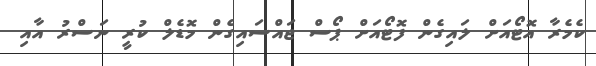
ކެމެރާ އޮޓޯއަށް ލައިގެން ފޮޓޯއަށް ޕޯސް ޖައްސައިގެން މޮޑެލް ކުރީ ނަސްރު އާއި